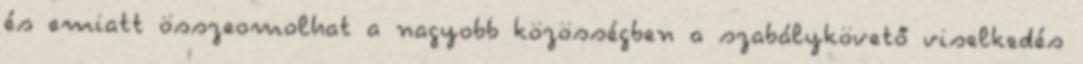
és emiatt összeomolhat a nagyobb közösségben a szabálykövető viselkedés